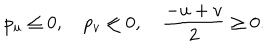
p _ { u } \leq 0 , \quad p _ { v } \leq 0 , \quad \frac { - u + v } { 2 } \geq 0 .